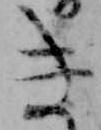
き